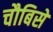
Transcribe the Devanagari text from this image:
चौबिसे